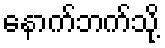
နောက်ဘက်သို့